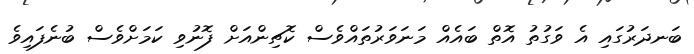
ބަނދަރުގައި އެ ވަގުތު އޮތް ބަައެއް މަނަވަރުތައްވެސް ކޮޗިންއަށް ފޮނުވި ކަމަށްވެސް ބުނެފައިވެ